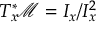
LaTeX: T _ { x } ^ { * } \! { \mathcal { M } } = I _ { x } / I _ { x } ^ { 2 }